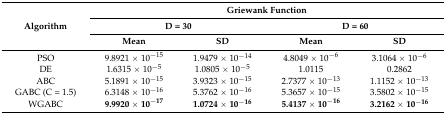
<table><thead><tr><td rowspan="3"><b>Algorithm</b></td><td colspan="4"><b>Griewank Function</b></td></tr><tr><td colspan="2"><b>D = 30</b></td><td colspan="2"><b>D = 60</b></td></tr><tr><td><b>Mean</b></td><td><b>SD</b></td><td><b>Mean</b></td><td><b>SD</b></td></tr></thead><tbody><tr><td>PSO</td><td>9.8921 × 10<sup>−15</sup></td><td>1.9479 × 10<sup>−14</sup></td><td>4.8049 × 10<sup>−6</sup></td><td>3.1064 × 10<sup>−6</sup></td></tr><tr><td>DE</td><td>1.6315 × 10<sup>−5</sup></td><td>1.0805 × 10<sup>−5</sup></td><td>1.0115</td><td>0.2862</td></tr><tr><td>ABC</td><td>5.1891 × 10<sup>−15</sup></td><td>3.9323 × 10<sup>−15</sup></td><td>2.7377 × 10<sup>−13</sup></td><td>1.1152 × 10<sup>−13</sup></td></tr><tr><td>GABC (C = 1.5)</td><td>6.3148 × 10<sup>−16</sup></td><td>5.3762 × 10<sup>−16</sup></td><td>5.3657 × 10<sup>−15</sup></td><td>3.5802 × 10<sup>−15</sup></td></tr><tr><td>WGABC</td><td><b>9.9920 × 10<sup>−17</sup></b></td><td><b>1.0724 × 10<sup>−16</sup></b></td><td><b>5.4137 × 10<sup>−16</sup></b></td><td><b>3.2162 × 10<sup>−16</sup></b></td></tr></tbody></table>